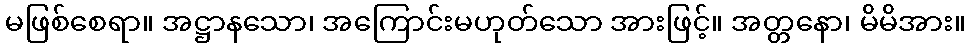
မဖြစ်စေရာ။ အဋ္ဌာနသော၊ အကြောင်းမဟုတ်သော အားဖြင့်။ အတ္တနော၊ မိမိအား။